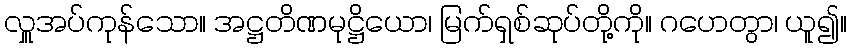
လှူအပ်ကုန်သော။ အဋ္ဌတိဏမုဋ္ဌိယော၊ မြက်ရှစ်ဆုပ်တို့ကို။ ဂဟေတွာ၊ ယူ၍။